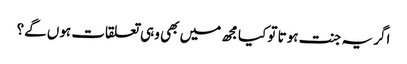
اگر یہ جنت ہوتا تو کیا مجھ میں بھی وہی تعلقات ہوں گے؟